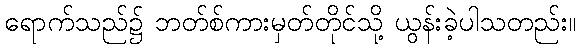
ရောက်သည်၌ ဘတ်စ်ကားမှတ်တိုင်သို့ ယွန်းခဲ့ပါသတည်း။